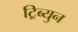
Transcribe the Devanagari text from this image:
ट्रिब्युन